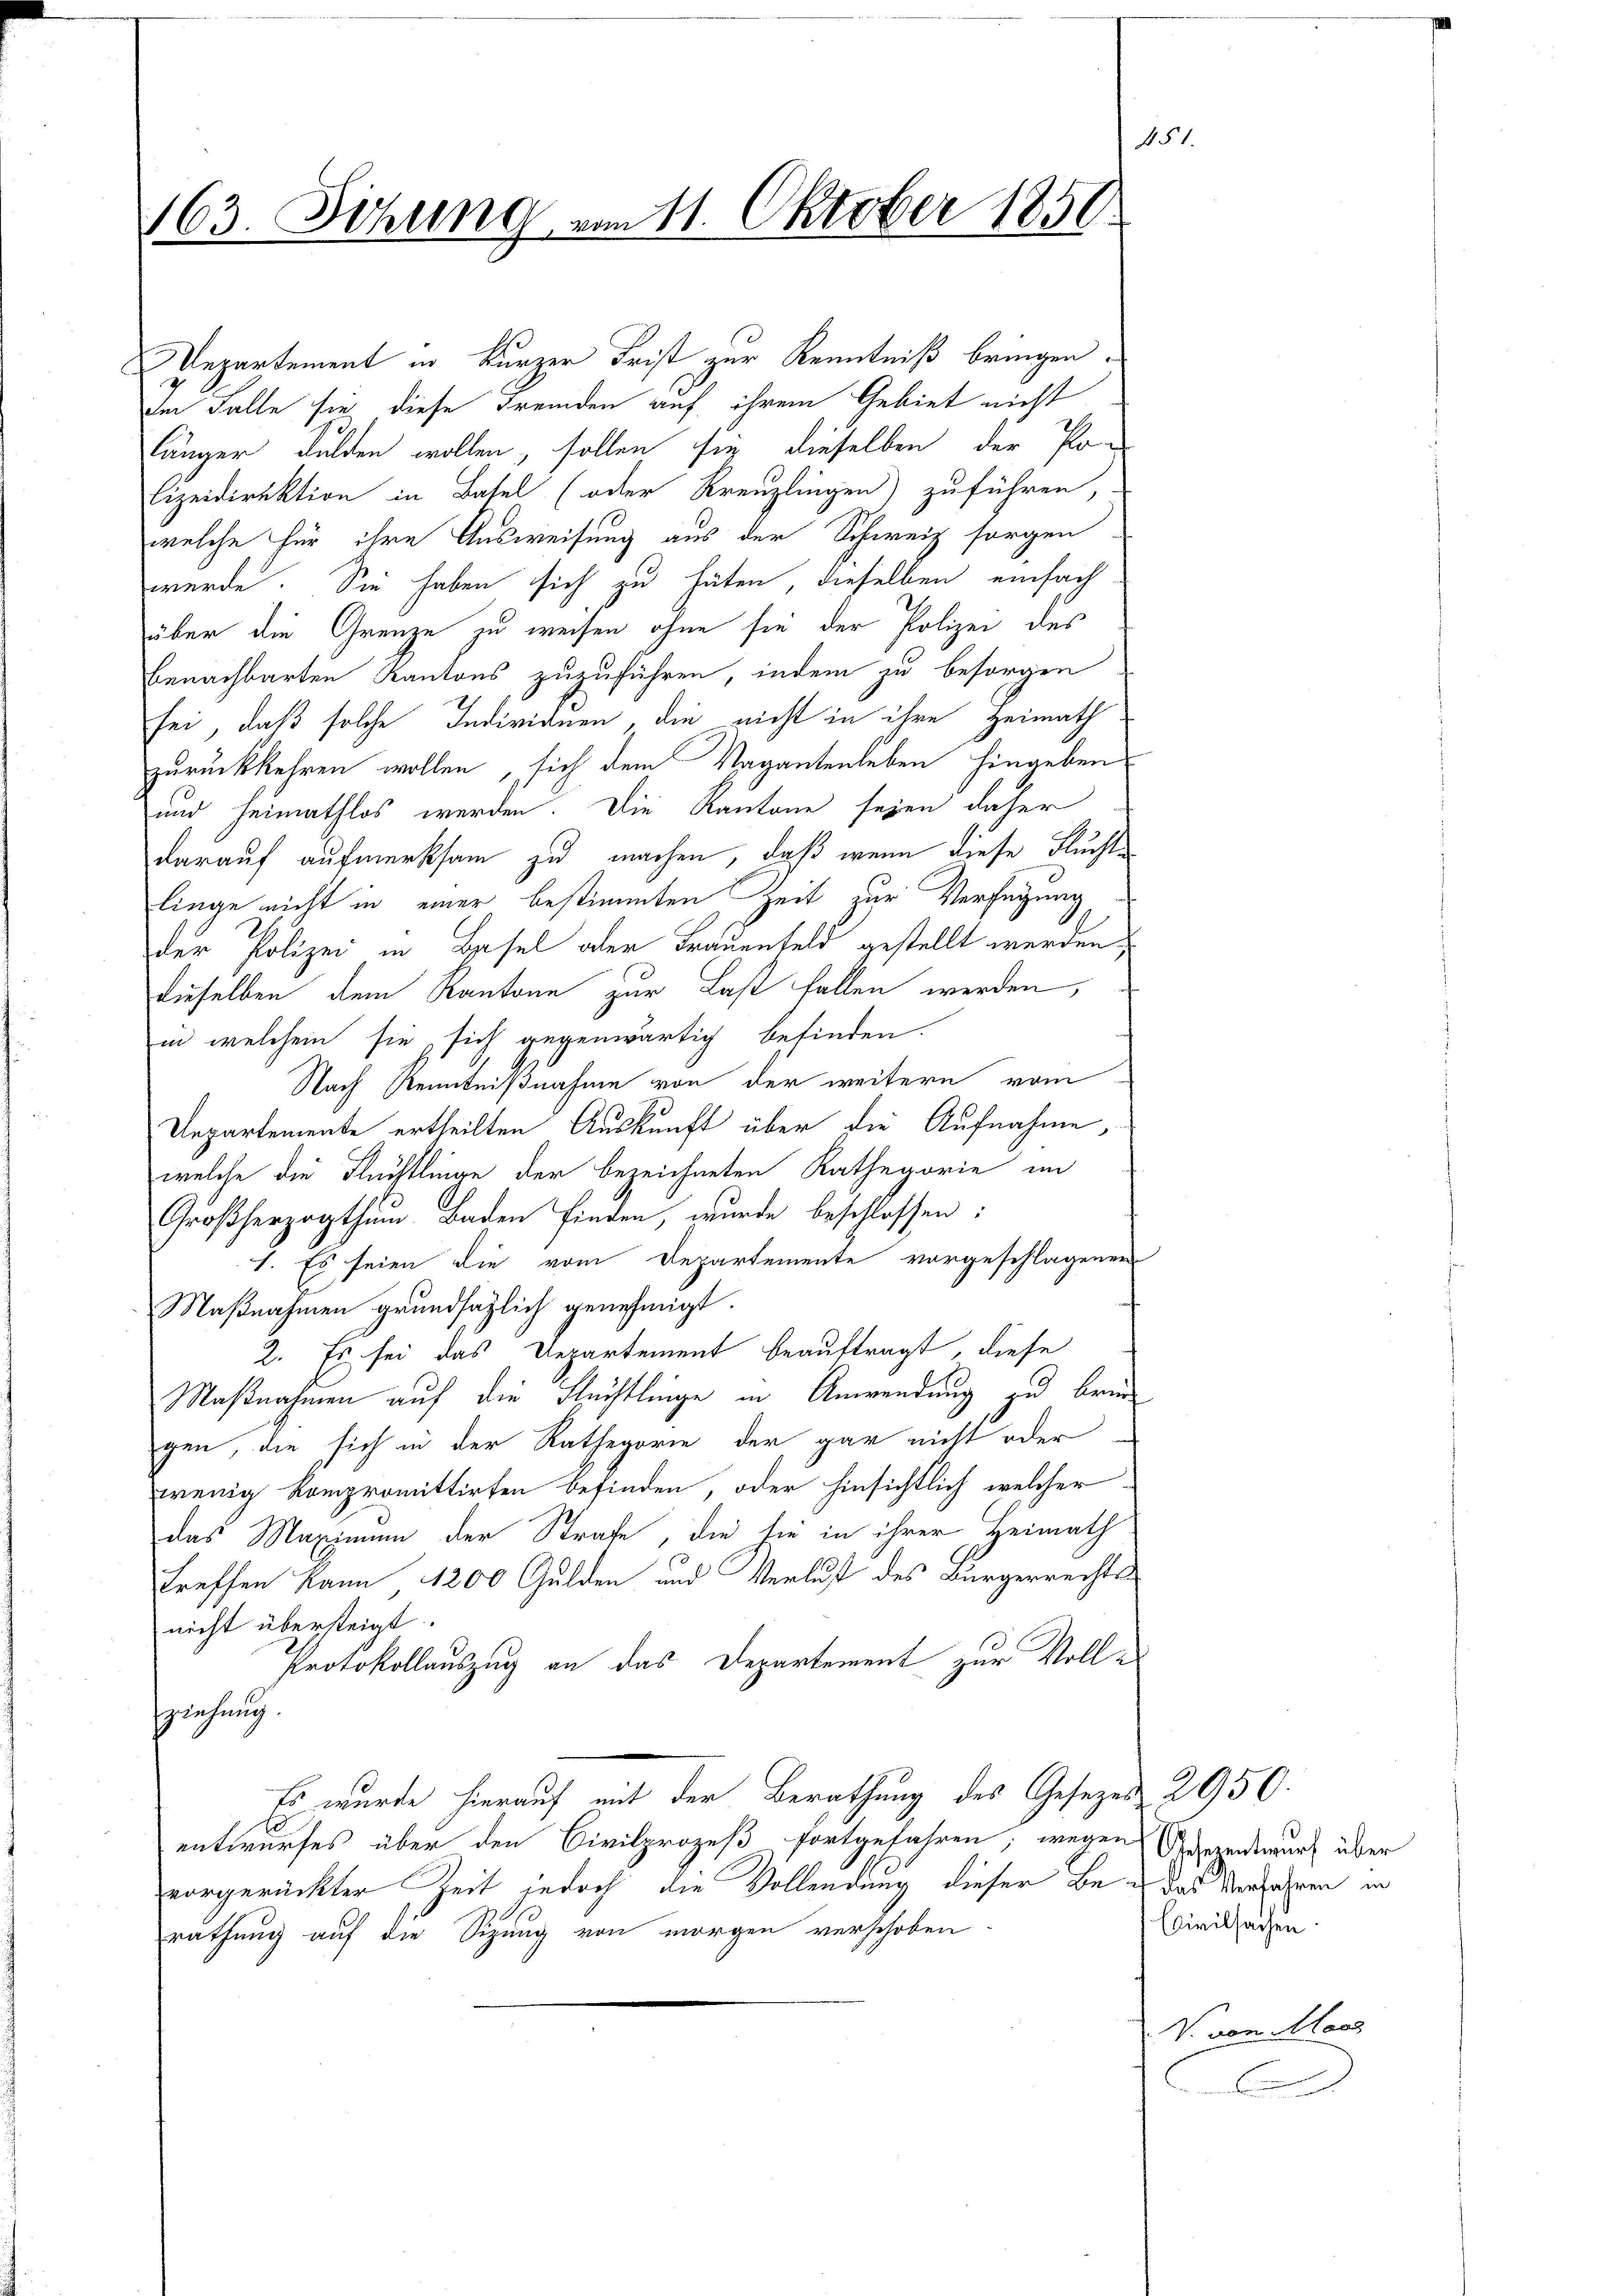
163. Sitzung vom 11. Oktober 1850.

Departement in kurzer Frist zur Kenntniß bringen.
im Falle sie diese Fremden auf ihrem Gebiet nicht
länger dulden wollen, sollen sie dieselben der Po¬
Eizeidirektion in Basel (oder Kreuzlingen) zuführen
welche für ihre Ausweisung aus der Schweiz sorgen
werde. Sie haben sich zu hüten, dieselben einfach
über die Grenze zu weisen ohne sie der Polizei des
benachbarten Kantons zuzuführen, indem zu besorgen
sei, daß solche Individuen, die nicht in ihre Heimath
zurückkehren wollen, sich dem Vagantenleben hingeben
und heimathlos werden. Die Kantone seien daher
darauf aufmerksam zu machen, daß wenn diese Fluchtlinge nicht in einer bestimmten Zeit zur Verfügung
der Polizei in Basel oder Frauenfeld gestellt werden,
dieselben dem Kantone zur Last fallen werden,
in welchem sie sich gegenwärtig befinden.
Nach Renntnißnahme von der weitern vom
Departemente ertheilten Auskunft über die Aufnahme,
welche die Flüchtlinge der bezeichneten Kathegorie im
Großherzogthum Baden finden, wurde beschlossen:
1. Es seien die vom Departemente vorgeschlagenen
Maßnahmen grundsätzlich genehmigt.
2. Es sei das Departement beauftragt, diese
Maßnahmen auf die Flüchtlinge in Anwendung zu bringen, die sich in der Kathegorie der gar nicht oder
wenig Kompromittirten befinden, oder hinsichtlich welcher
das Maximum der Strafe, die sie in ihrer Heimath
treffen kann 1200 Gulden und Verlust des Bürgerrechtsnicht übersteigt.
Protokollauszug an das Departement zur Vollsziehung.
Es wurde hierauf mit der Berathung des Gesezes 2950.
entwurfes über den Civilprozeß fortgefahren, wegen Gesezentwurf über
vorgerückter Zeit jedoch die Vollendung dieser Bei das Verfahren in
rathung auf die Sizung von morgen verschoben

15

Ecivilsachen

V. von Moos